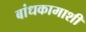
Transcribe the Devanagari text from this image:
बांधकामाशी